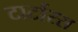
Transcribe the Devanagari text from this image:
टार्टारस